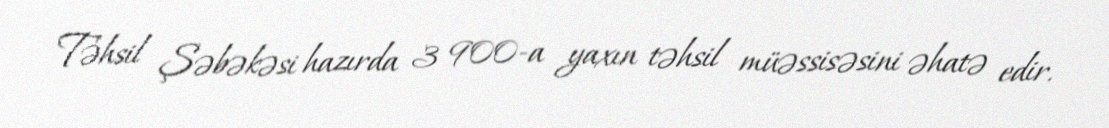
Təhsil Şəbəkəsi hazırda 3 900-a yaxın təhsil müəssisəsini əhatə edir.